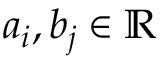
a _ { i } , b _ { j } \in \mathbb { R }